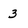
Character: 3